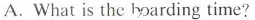
A. What is the boarding time?